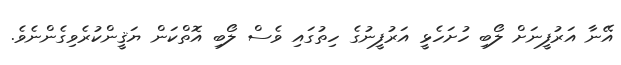
އޭނާ އަރުފީނަށް ލޯބި ހުށަހެޅީ އަރުފީނުގެ ހިތުގައި ވެސް ލޯބި އޮތްކަން ޔަޤީންކުރެވިގެންނެވެ.